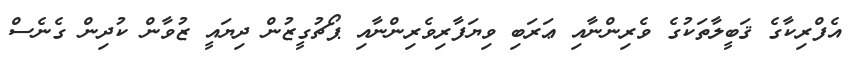
އެފްރިކާގެ ޤަބީލާތަކުގެ ވެރިންނާއި ޢަރަބި ވިޔަފާރިވެރިންނާއި ޕޯޗުގީޒުން ދިޔައީ ޒުވާން ކުދިން ގެނެސް